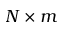
N \times m